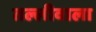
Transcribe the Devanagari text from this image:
तल्लीवाला